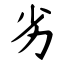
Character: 劣